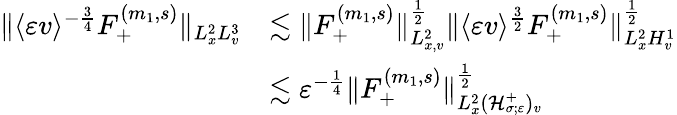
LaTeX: \begin{array}{rl}{\| \langle\varepsilon v\rangle^{-\frac{3}{4}}F_{+}^{(m_{1},s)}\| _{L_{x}^{2}L_{v}^{3}}}&{\lesssim\| F_{+}^{(m_{1},s)}\| _{L_{x,v}^{2}}^{\frac{1}{2}}\| \langle\varepsilon v\rangle^{\frac{3}{2}}F_{+}^{(m_{1},s)}\| _{L_{x}^{2}H_{v}^{1}}^{\frac{1}{2}}}\\ &{\lesssim\varepsilon^{-\frac{1}{4}}\| F_{+}^{(m_{1},s)}\| _{L_{x}^{2}(\mathcal H_{\sigma;\varepsilon}^{+})_{v}}^{\frac{1}{2}}}\end{array}